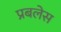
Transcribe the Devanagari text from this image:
प्रबलेस